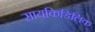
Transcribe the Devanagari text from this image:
सायकिडिलिक